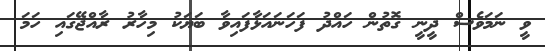
ވީ ނަމަވެސް ދީނީ ގޮތުން ހައްދު ފަހަނައަޅާފައިވާ ބަޔަކު މިހާރު ރާއްޖޭގައި ހަމަ